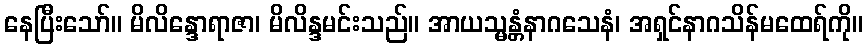
နေပြီးသော်။ မိလိန္ဒောရာဇာ၊ မိလိန္ဒမင်းသည်။ အာယသ္မန္တံနာဂသေနံ၊ အရှင်နာဂသိန်မထေရ်ကို။